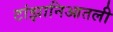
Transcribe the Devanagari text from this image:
टांझानिआतली